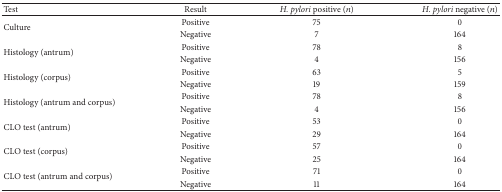
| Test | Result | H. pylori positive (n) | H. pylori negative (n) |
 | --- | --- | --- | --- |
 | <ROWSPAN=2> Culture | Positive | 75 | 0 |
 | Negative | 7 | 164 |
 | <ROWSPAN=2> Histology (antrum) | Positive | 78 | 8 |
 | Negative | 4 | 156 |
 | <ROWSPAN=2> Histology (corpus) | Positive | 63 | 5 |
 | Negative | 19 | 159 |
 | <ROWSPAN=2> Histology (antrum and corpus) | Positive | 78 | 8 |
 | Negative | 4 | 156 |
 | <ROWSPAN=2> CLO test (antrum) | Positive | 53 | 0 |
 | Negative | 29 | 164 |
 | <ROWSPAN=2> CLO test (corpus) | Positive | 57 | 0 |
 | Negative | 25 | 164 |
 | <ROWSPAN=2> CLO test (antrum and corpus) | Positive | 71 | 0 |
 | Negative | 11 | 164 |